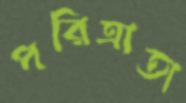
পরিত্রাতা